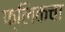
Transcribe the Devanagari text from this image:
फ्लिकचा